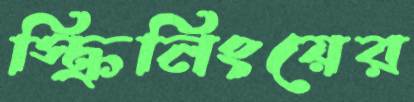
স্ক্রিনিংয়ের